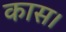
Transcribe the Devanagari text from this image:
कास।